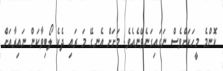
ކޮންމެ މީހަކަށްވެސް ނަގައިގަނެވޭނެއެވެ. މަށަށް އެނގޭ މަ ރައި ދެކެ ލޯބިވާކަން ނައިރާއަށް